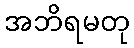
အဘိရမတု